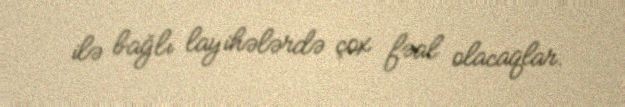
ilə bağlı layihələrdə çox fəal olacaqlar.